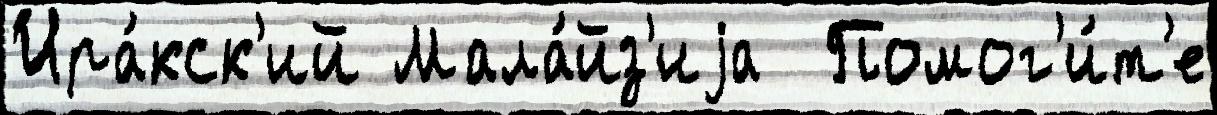
Ира́кск'ий Мала́йз'иjа  Помог'и́т'е